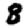
Digit: 8